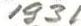
1931